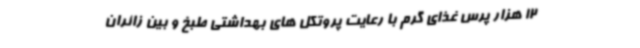
12 هزار پرس غذای گرم با رعایت پروتکل های بهداشتی طبخ و بین زائران